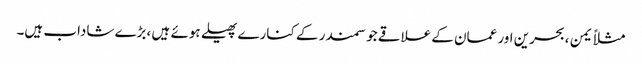
مثلاً یمن ،بحرین اور عمان کے علاقے جو سمندر کے کنارے پھیلے ہوئے ہیں ،بڑے شاداب ہیں۔